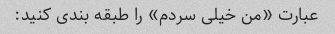
عبارت «من خیلی سردم» را طبقه بندی کنید: